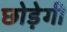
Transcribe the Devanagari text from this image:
छोड़ेगी